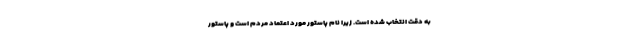
به دقت انتخاب شده است. زیرا نام پاستور مورد اعتماد مردم است و پاستور